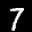
Label: 7